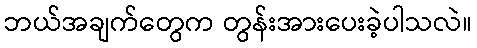
ဘယ်အချက်တွေက တွန်းအားပေးခဲ့ပါသလဲ။